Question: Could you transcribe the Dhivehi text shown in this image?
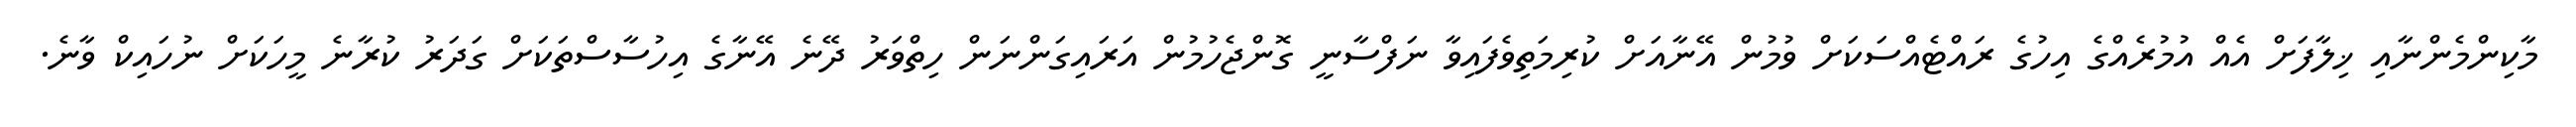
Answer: މާކިންމެންނާއި ޚިލާފަށް އެއް އުމުރެއްގެ އިހުގެ ރައްޓެއްސަކަށް ވުމުން އޭނާއަށް ކުރިމަތިވެފައިވާ ނަފްސާނީ ގޮންޖެހުމުން އަރައިގަންނަން ހިތްވަރު ދޭނެ އޭނާގެ އިހުސާސްތަކަށް ގަދަރު ކުރާނެ މީހަކަށް ނުހައިކް ވާނެ.